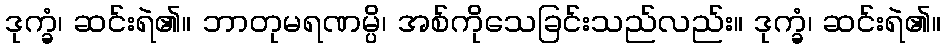
ဒုက္ခံ၊ ဆင်းရဲ၏။ ဘာတုမရဏမ္ပိ၊ အစ်ကိုသေခြင်းသည်လည်း။ ဒုက္ခံ၊ ဆင်းရဲ၏။